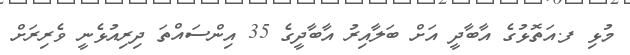
މުޅި ފ.އަތޮޅުގެ އާބާދީ އަށް ބަލާއިރު އާބާދީގެ 35 އިންސައްތަ ދިރިއުޅެނީ ވެރިރަށް